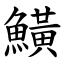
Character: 鱑